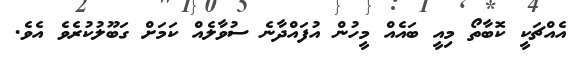
އެއްޗަކީ ކޮބާތޯ މިއީ ބައެއް މީހުން އުފައްދާނެ ސުވާލެއް ކަމަށް ގަބޫލުކުރެވެ އެވެ.